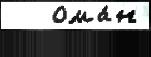
   Ома́н